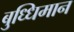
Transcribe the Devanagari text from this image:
बुध्धिमान